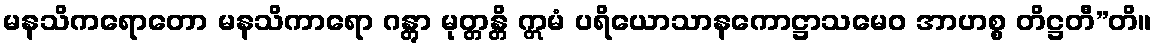
မနသိကရောတော မနသိကာရော ဂန္တွာ မုတ္တန္တိ ဣမံ ပရိယောသာနကောဋ္ဌာသမေဝ အာဟစ္စ တိဋ္ဌတီ”တိ။